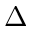
\Delta